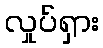
လှုပ်ရှား